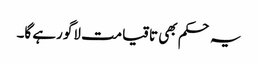
یہ حکم بھی تاقیامت لاگو رہے گا۔